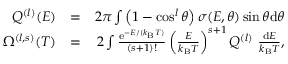
\begin{array} { r l r } { Q ^ { ( l ) } ( E ) } & { = } & { 2 \pi \int \left( 1 - \cos ^ { l } \theta \right) \sigma ( E , \theta ) \sin \theta \mathrm { d } \theta } \\ { \Omega ^ { ( l , s ) } ( T ) } & { = } & { 2 \int \frac { \mathrm { e } ^ { - E / ( k _ { \mathrm { B } } T ) } } { ( s + 1 ) ! } \left( \frac { E } { k _ { \mathrm { B } } T } \right) ^ { s + 1 } Q ^ { ( l ) } ~ \frac { \mathrm { d } E } { k _ { \mathrm { B } } T } , } \end{array}